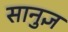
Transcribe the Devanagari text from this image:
सानुज्ञ